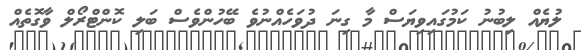
ލުޔެއް ލިބުނު ކަމުގައިވިޔަސް މާ ގިނަ ދުވަހެއްނުވެ ބޭހުންވެސް ބަލި ކޮންޓްރޯލް ވާގޮތެއް